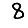
Digit: 8